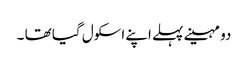
دو مہینے پہلے اپنے اسکول گیا تھا ۔